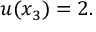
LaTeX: u ( x _ { 3 } ) = 2 .